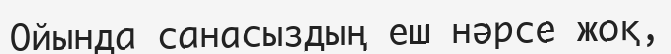
Ойында санасыздың еш нәрсе жоқ,